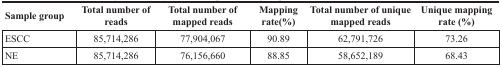
| Sample group | Total number of reads | Total number of mapped reads | Mapping rate(%) | Total number of unique mapped reads | Unique mapping rate (%) |
 | --- | --- | --- | --- | --- | --- |
 | ESCC | 85,714,286 | 77,904,067 | 90.89 | 62,791,726 | 73.26 |
 | NE | 85,714,286 | 76,156,660 | 88.85 | 58,652,189 | 68.43 |